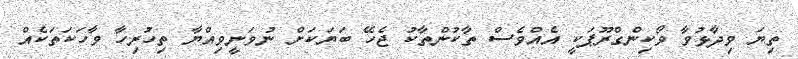
ތިޔަ ވިދާޅުވާ ވޯކިންގްރޫޕަކީ އެއްވެސް ތާކުންތާކު ޖެހޭ ބަޔަކަށް ނުވަނީވިއްޔާ ތިހުރިހާ ވާހަކަތަކެއް